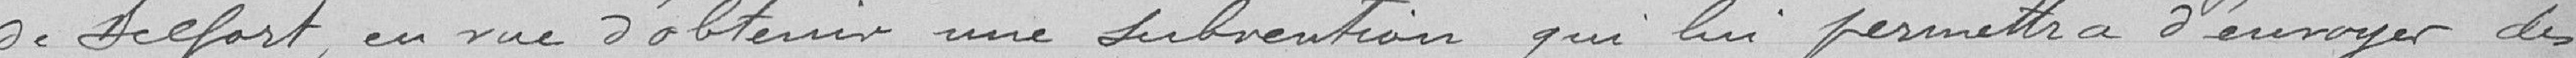
de Belfort, en vue d'obtenir une subvention qui lui permettra d'envoyer des